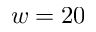
w = 2 0